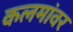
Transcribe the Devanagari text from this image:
कलमांवर